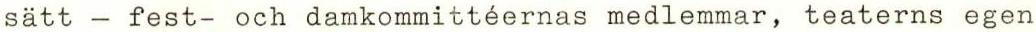
sätt - fest- och damkommittéernas medlemmar, teaterns egen